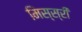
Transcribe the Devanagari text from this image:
मिस्स्री